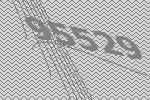
95529